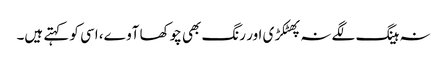
نہ ہینگ لگے نہ پھٹکڑی اور رنگ بھی چوکھا آوے، اسی کو کہتے ہیں۔